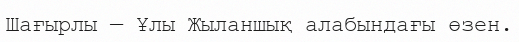
Шағырлы — Ұлы Жыланшық алабындағы өзен.